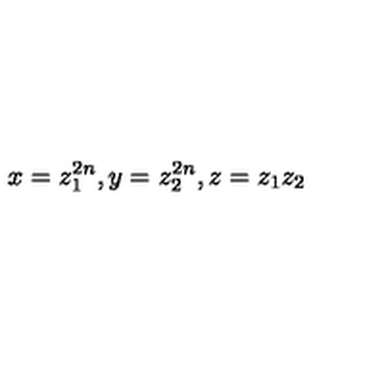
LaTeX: x = z _ { 1 } ^ { 2 n } , y = z _ { 2 } ^ { 2 n } , z = z _ { 1 } z _ { 2 }